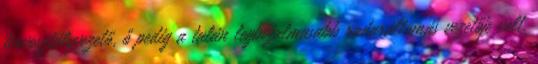
tervosztályvezető, ő pedig a talán legbizalmasabb ra­dar­ál­lo­más vezetője volt.